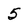
Character: 5